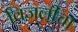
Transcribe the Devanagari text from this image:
विजलीचा